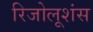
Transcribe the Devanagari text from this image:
रिजोलूशंस